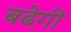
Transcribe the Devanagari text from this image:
बढे़गी